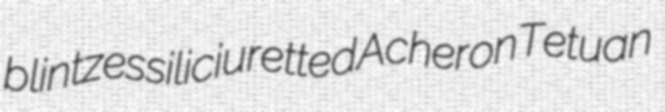
blintzes siliciuretted Acheron Tetuan